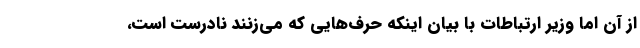
از آن اما وزیر ارتباطات با بیان اینکه حرف‌هایی که می‌زنند نادرست است،